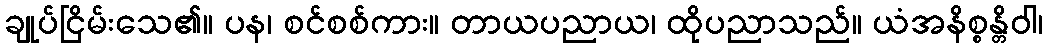
ချုပ်ငြိမ်းသေ၏။ ပန၊ စင်စစ်ကား။ တာယပညာယ၊ ထိုပညာသည်။ ယံအနိစ္စန္တိဝါ၊